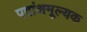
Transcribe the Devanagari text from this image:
पदांशमूल्यक